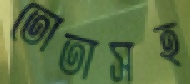
তোতাসহ